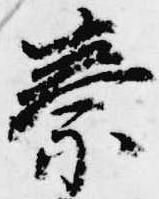
秦